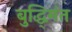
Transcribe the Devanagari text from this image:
बुद्धि्मंत